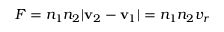
F = n _ { 1 } n _ { 2 } | \mathbf { v } _ { 2 } - \mathbf { v } _ { 1 } | = n _ { 1 } n _ { 2 } v _ { r }